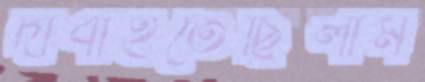
দাবাইতেছিলাম